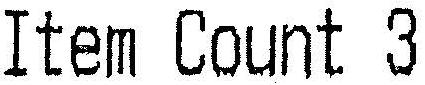
ITEM COUNT 3